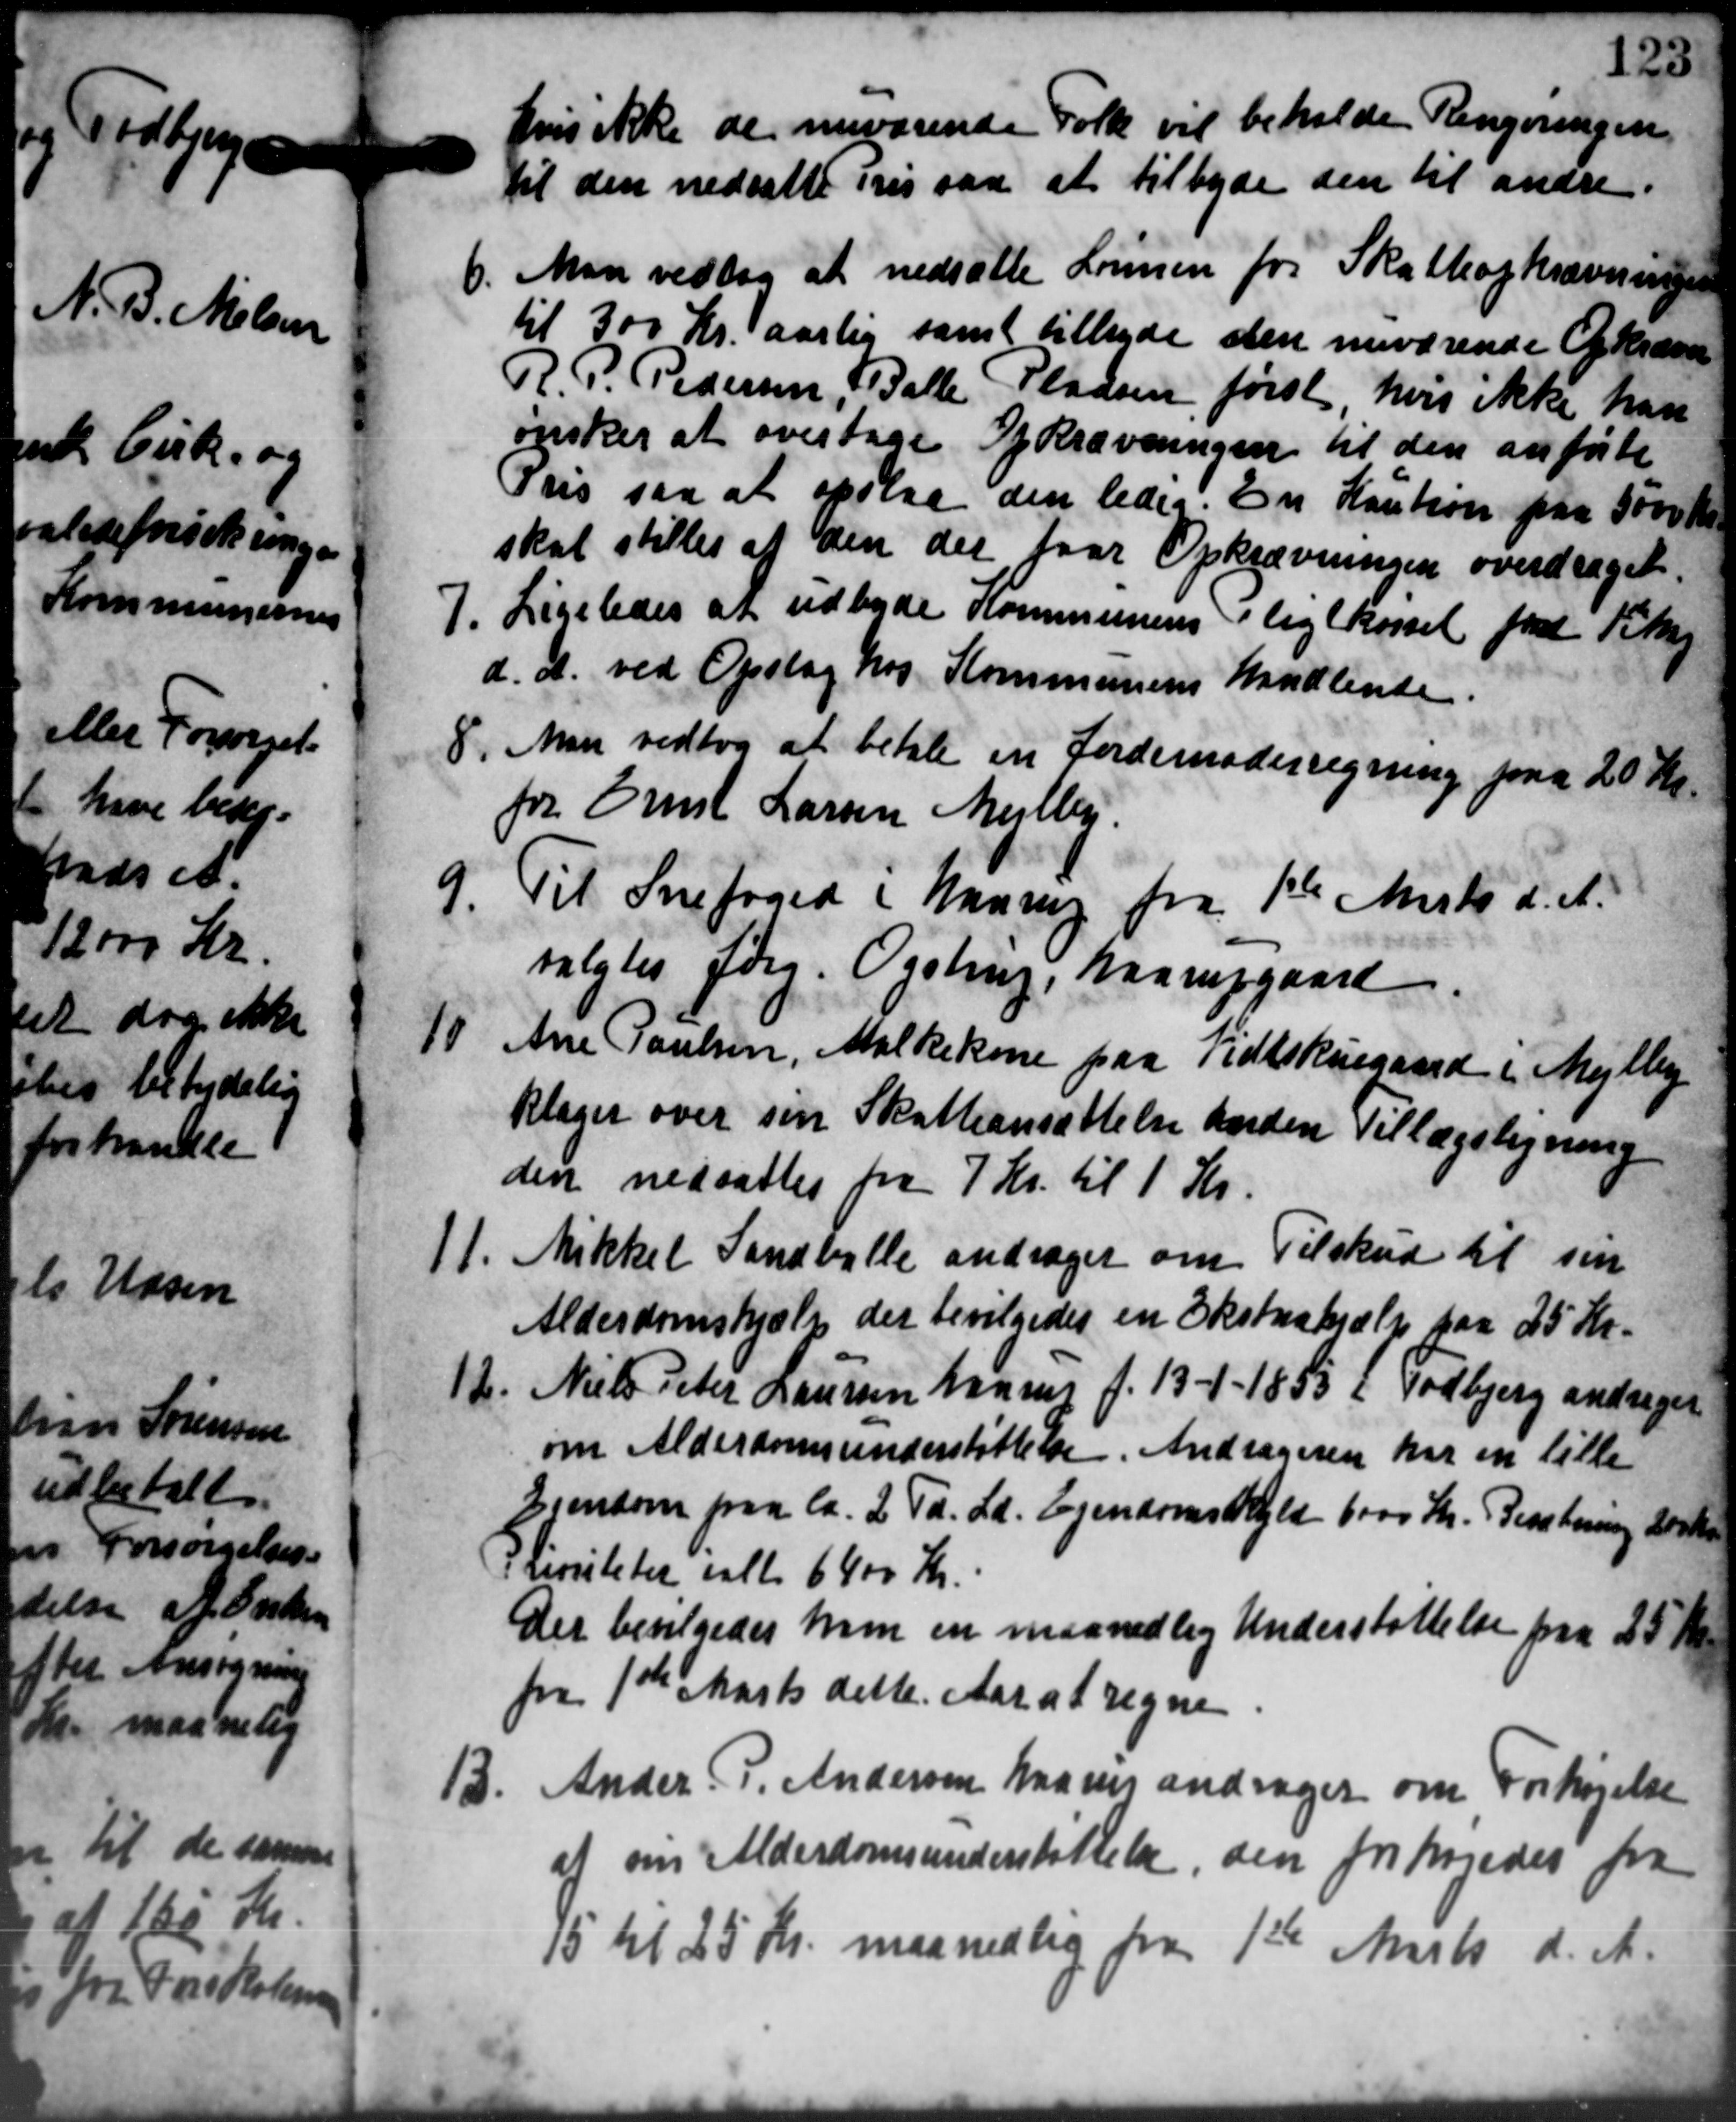
Transskription:
hvis ikke de nuværende Folk vil beholde Rengøringen
til den nedsætte Pris saa at tilbyde den til andre.
6. Man vedtog at nedsætte Lønnen for Skatteopkrævninger
6. Man vedtog at nedsætte Lønnen for Skatteopkrævninger
til 300 Kr. aarlig samt tilbyde den nuværende Opkræve
R. P. Pedersen, Balle Pladsen først, hvis ikke han
ønsker at overtage Opkrævningen til den anførte
Pris saa at opslaa den ledes. En Kaution paa 5000 Kr.
skal stilles af den der faar Opkrævningen overdraget.
7. Ligeledes at udbyde Kommunens Pligtkørsel fra Tilsag
7. Ligeledes at udbyde Kommunens Pligtkørsel fra Tilsag
d. A. ved Opslag hos Kommunens handlende.
8. Man vedtog at betale en Jordemoderregning paa 20 Kr.
8. Man vedtog at betale en Jordemoderregning paa 20 Kr.
for Erik Larsen Mejlby.
9. Til Snefoged i Hansen fra 1ste Marts d. A.
9. Til Snefoged i Hansen fra 1ste Marts d. A.
valgtes Jørg. Ogstrup, Haarupgaard.
10 Ane Poulsen, Malkekone paa Tidsskuegaard i Mejlby
10 Ane Poulsen, Malkekone paa Tidsskuegaard i Mejlby
Klager over sin Skatteansættelse boden Tillægsligning
den nedsattes fra 7 Kr. til 1 Kr.
11. Mikkel Sandballe andrager om Tilskud til sin
11. Mikkel Sandballe andrager om Tilskud til sin
Alderdomshjælp der bevilgedes en Ekstrahjælp paa 25 Kr.
12. Niels Peter Laursen Haarup f. 13-1-1855 i Todbjerg andrager
12. Niels Peter Laursen Haarup f. 13-1-1855 i Todbjerg andrager
om Alderdomsunderstøttelse. Andrageren har en lille
Ejendom paa ca. 2 Td. Ld. Ejendomskyld 6000 Kr. Besætning Losker
I Lisiteter ialt 6400 Kr.
Der bevilgedes ham en maanedlig Understøttelse paa 25 Kr
fra 1ste Marts dette Aar at regne
13. Ander P. Andersen haves andrager om Forhøjelse
13. Ander P. Andersen haves andrager om Forhøjelse
at om Alderdomsunderstøttelse, den forhøjedes fra
15 til 25 Kr. maanedlig fra 1ste Marts d. A.